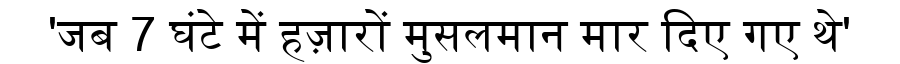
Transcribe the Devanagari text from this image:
'जब 7 घंटे में हज़ारों मुसलमान मार दिए गए थे'